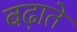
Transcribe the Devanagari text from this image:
बढा़ते